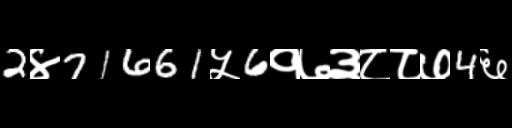
Text: 2४71661५6१७३८८७4६